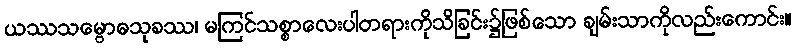
ယဿသမ္ဗောဓသုခဿ၊ မကြင်သစ္စာလေးပါတရားကိုသိခြင်း၌ဖြစ်သော ချမ်းသာကိုလည်းကောင်း။